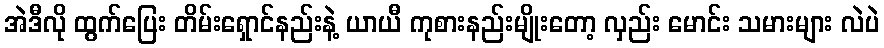
အဲဒီလို ထွက်ပြေး တိမ်းရှောင်နည်းနဲ့ ယာယီ ကုစားနည်းမျိုးတော့ လှည်း မောင်း သမားများ လဲပဲ